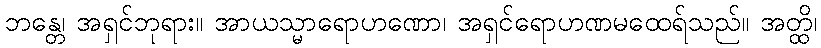
ဘန္တေ၊ အရှင်ဘုရား။ အာယသ္မာရောဟဏော၊ အရှင်ရောဟဏမထေရ်သည်။ အတ္ထိ၊